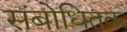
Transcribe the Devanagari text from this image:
संबोधितक